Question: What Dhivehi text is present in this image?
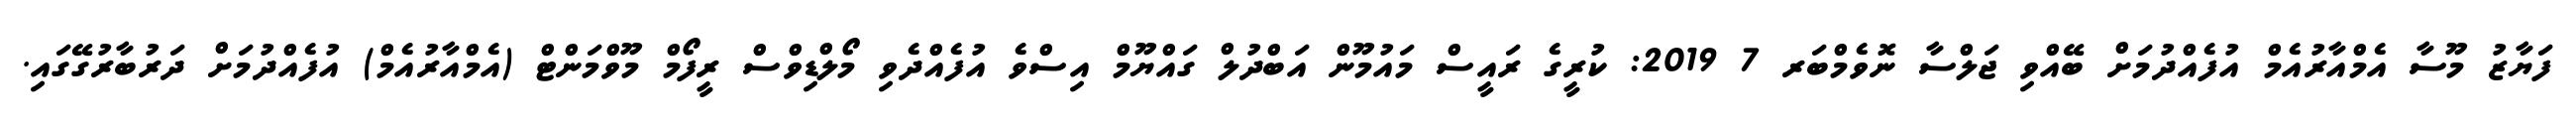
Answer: ފަޔާޒު މޫސާ އެމްއާރުއެމް އުފެއްދުމަށް ބޭއްވި ޖަލްސާ ނޮވެމްބަރ 7 2019: ކުރީގެ ރައީސް މައުމޫން އަބްދުލް ގައްޔޫމް އިސްވެ އުފެއްދެވި މޯލްޑިވްސް ރީފޯމް މޫވްމަންޓް (އެމްއާރުއެމް) އުފެއްދުމަށް ދަރުބާރުގޭގައި.